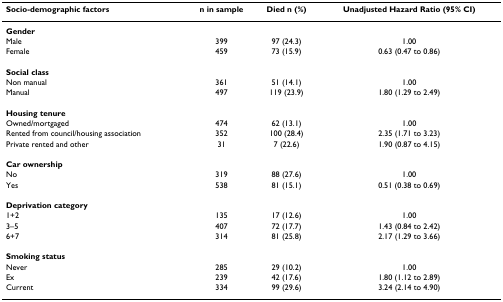
| Socio-demographic factors | n in sample | Died n (%) | Unadjusted Hazard Ratio (95% CI) |
 | --- | --- | --- | --- |
 | Gender |  |  |  |
 | Male | 399 | 97 (24.3) | 1.00 |
 | Female | 459 | 73 (15.9) | 0.63 (0.47 to 0.86) |
 | Social class |  |  |  |
 | Non manual | 361 | 51 (14.1) | 1.00 |
 | Manual | 497 | 119 (23.9) | 1.80 (1.29 to 2.49) |
 | Housing tenure |  |  |  |
 | Owned/mortgaged | 474 | 62 (13.1) | 1.00 |
 | Rented from council/housing association | 352 | 100 (28.4) | 2.35 (1.71 to 3.23) |
 | Private rented and other | 31 | 7 (22.6) | 1.90 (0.87 to 4.15) |
 | Car ownership |  |  |  |
 | No | 319 | 88 (27.6) | 1.00 |
 | Yes | 538 | 81 (15.1) | 0.51 (0.38 to 0.69) |
 | Deprivation category |  |  |  |
 | 1+2 | 135 | 17 (12.6) | 1.00 |
 | 3–5 | 407 | 72 (17.7) | 1.43 (0.84 to 2.42) |
 | 6+7 | 314 | 81 (25.8) | 2.17 (1.29 to 3.66) |
 | Smoking status |  |  |  |
 | Never | 285 | 29 (10.2) | 1.00 |
 | Ex | 239 | 42 (17.6) | 1.80 (1.12 to 2.89) |
 | Current | 334 | 99 (29.6) | 3.24 (2.14 to 4.90) |